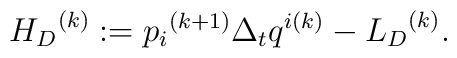
{{H}_D}^{(k)}:={p_{i}}^{(k+1)}\Delta_t q^{i(k)}-{{L}_D}^{(k)}.